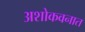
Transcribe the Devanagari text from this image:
अशोकवनात